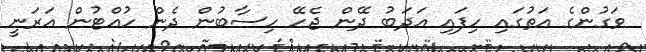
ވަގުންގެ އަތުގައި ހިފައި އަދަބު ދޭން ޖެހޭ ހިސާބުން ދެން ހުއްޓުން އަރަނީ